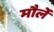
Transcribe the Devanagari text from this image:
मौर्ले